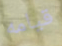
قيامه